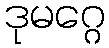
ဒုမဂ္ဂေ